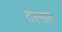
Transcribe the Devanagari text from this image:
तस्माद